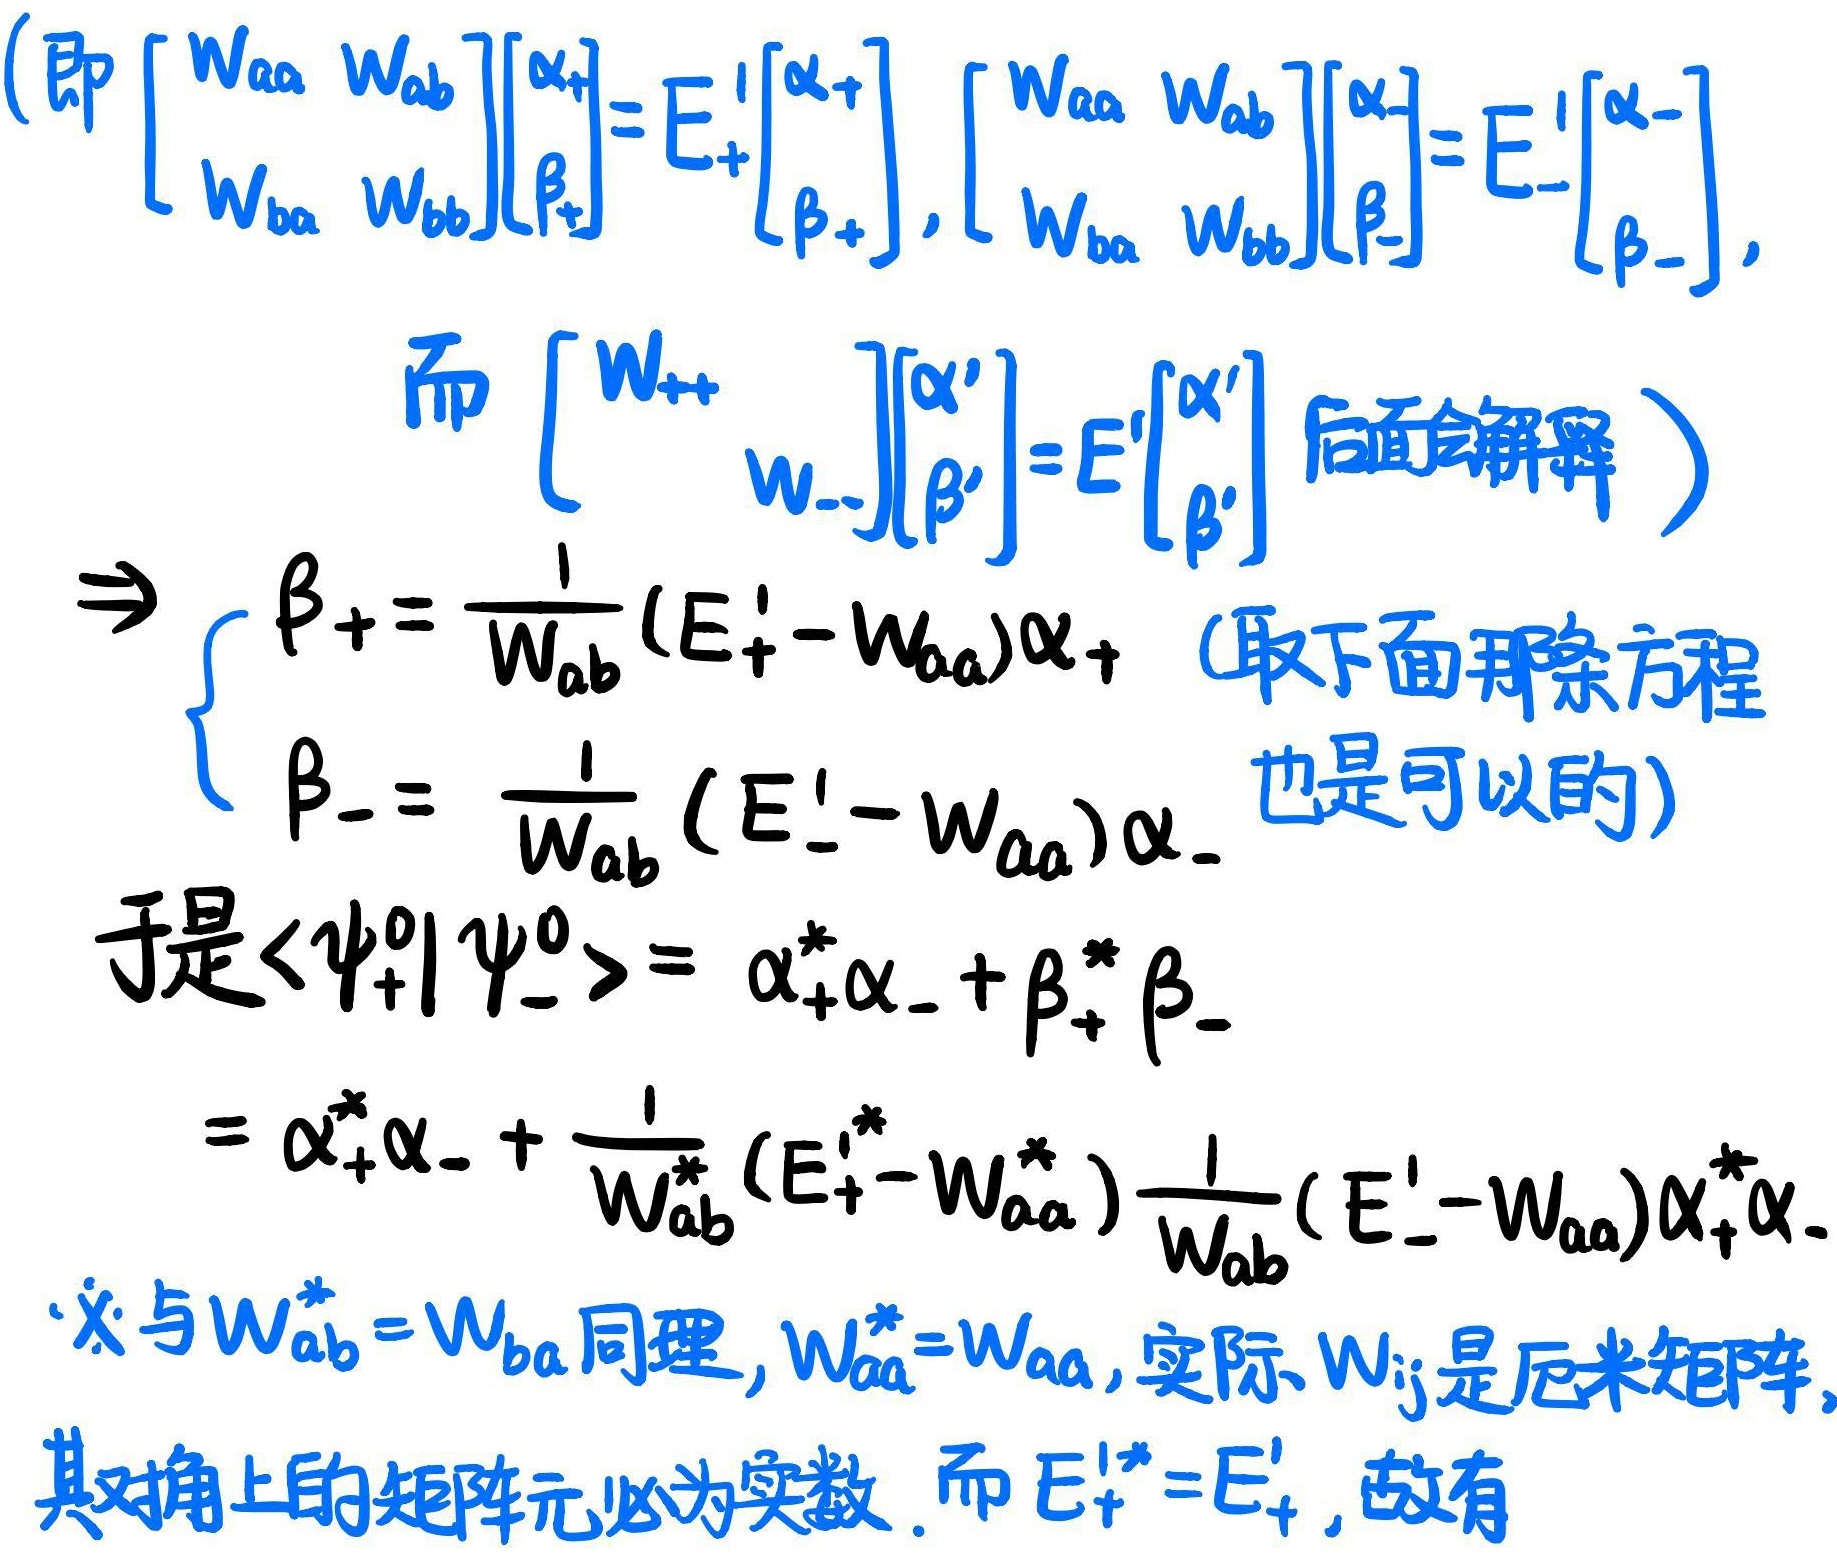
\[
\begin{align*}
&\text{(即 }
\begin{bmatrix}
W_{aa} & W_{ab}\\
W_{ba} & W_{bb}
\end{bmatrix}
\begin{bmatrix}
\alpha_+\\
\beta_+
\end{bmatrix}=
E_+^1
\begin{bmatrix}
\alpha_+\\
\beta_+
\end{bmatrix},
\begin{bmatrix}
W_{aa} & W_{ab}\\
W_{ba} & W_{bb}
\end{bmatrix}
\begin{bmatrix}
\alpha_-\\
\beta_-
\end{bmatrix}=
E_-^1
\begin{bmatrix}
\alpha_-\\
\beta_-
\end{bmatrix},\\
&\text{而 }
\begin{bmatrix}
W_{++} & \\
& W_{--}
\end{bmatrix}
\begin{bmatrix}
\alpha'\\
\beta'
\end{bmatrix}=
E^1
\begin{bmatrix}
\alpha'\\
\beta'
\end{bmatrix}
\text{ (后面会解释)}\\
&\Rightarrow
\begin{cases}
\beta_+=\frac{1}{W_{ab}}(E_+^1 - W_{aa})\alpha_+ & \text{(取下面那条方程也是可以的)}\\
\beta_-=\frac{1}{W_{ab}}(E_-^1 - W_{aa})\alpha_-
\end{cases}\\
&\text{于是 }\langle\psi_+^0|\psi_-^0\rangle = \alpha_+^*\alpha_-+\beta_+^*\beta_-\\
&=\alpha_+^*\alpha_-+\frac{1}{W_{ab}^*}(E_+^{1*}-W_{aa}^*)\frac{1}{W_{ab}}(E_-^1 - W_{aa})\alpha_+^*\alpha_-\\
&\text{又与 }W_{ab}^* = W_{ba}\text{ 同理, }W_{aa}^* = W_{aa},\text{ 实际 }W_{ij}\text{ 是厄米矩阵,}\\
&\text{其对角上的矩阵元必为实数. 而 }E_+^{1*}=E_+^1,\text{ 故有}
\end{align*}
\]